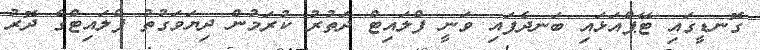
ގޮނޑީގައި ޓޭޕްއަޅައި ބަނދެފައި ވަނީ ފްލައިޓް ދަތުރު ކުރަމުން ދިޔަވަގުތު ފްލައިޓްގެ ދޮރު